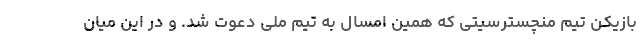
بازیکن تیم منچسترسیتی که همین امسال به تیم ملی دعوت شد. و در این میان